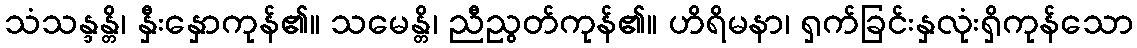
သံသန္ဒန္တိ၊ နှီးနှောကုန်၏။ သမေန္တိ၊ ညီညွတ်ကုန်၏။ ဟိရိမနာ၊ ရှက်ခြင်းနှလုံးရှိကုန်သော